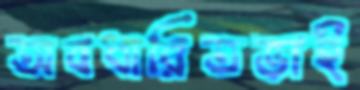
অবধারিতভাই